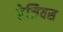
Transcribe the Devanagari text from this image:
रेजियस